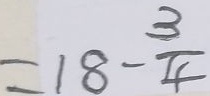
= 1 8 - \frac { 3 } { 4 }